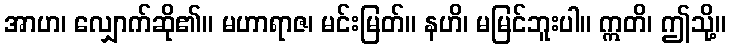
အာဟ၊ လျှောက်ဆို၏။ မဟာရာဇ၊ မင်းမြတ်။ နဟိ၊ မမြင်ဘူးပါ။ ဣတိ၊ ဤသို့။